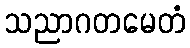
သညာဂတမေတံ